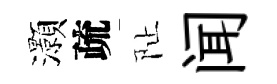
灝疏阯闻